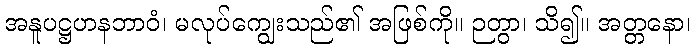
အနူပဋ္ဌဟနဘာဝံ၊ မလုပ်ကျွေးသည်၏ အဖြစ်ကို။ ဉတွာ၊ သိ၍။ အတ္တနော၊